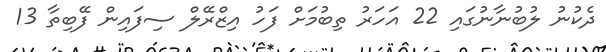
ދެކުނު ލުބުނާނުގައި 22 އަހަރު ތިބުމަށް ފަހު އިޒްރޭލް ސިފައިން ފޭބިތާ 13